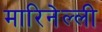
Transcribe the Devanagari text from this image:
मारिनेल्ली